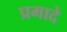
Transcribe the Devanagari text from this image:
प्रमादे